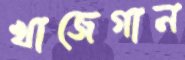
খাজেগান